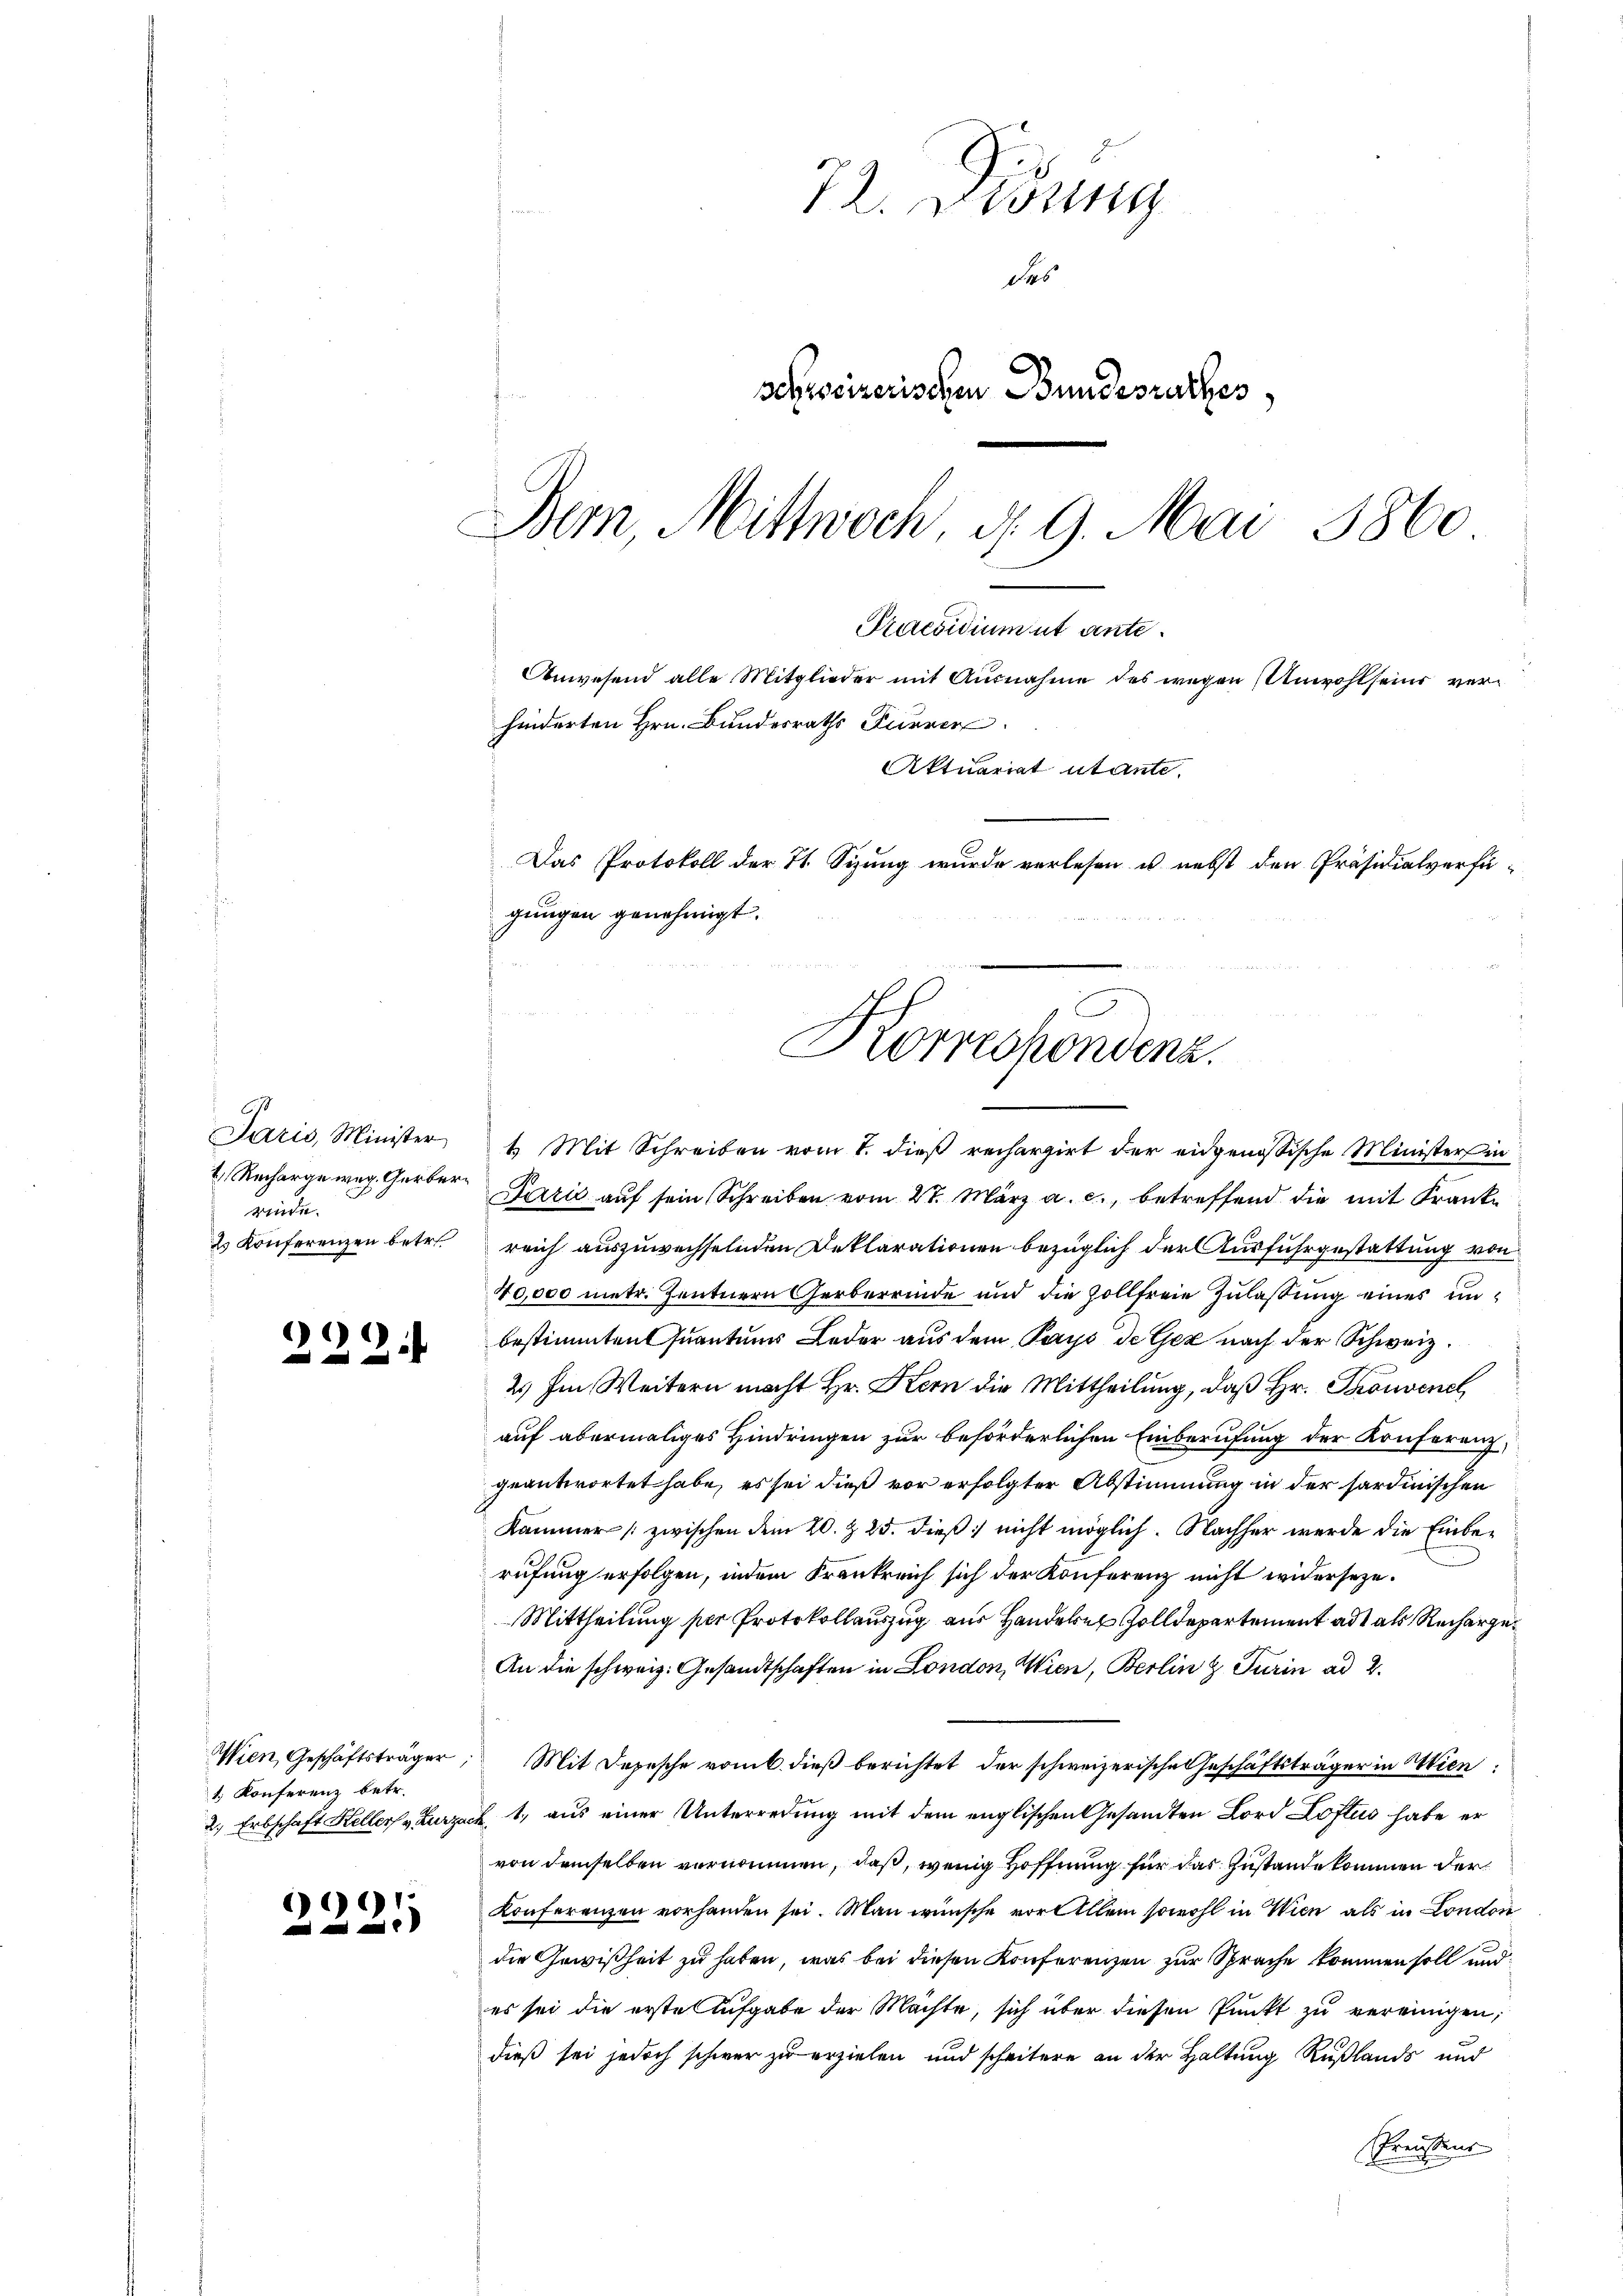
t. Recharge weg. Gerberrinde.
s Konferenzen betr.

222.

1. Konferenz betr.

9

72. Dirung
des
schweizerischen Bundesrathes,
Bem, Mittwoch, d. 9. Mai 1860
Praesidium ut ante.
Anwesend alle Mitglieder mit Ausnahme des wegen Anwohlsein verhinderten Hrn. Bundesraths Furrer
Aktuariat utante.
Das Protokoll der 11. Sizung wurde verlesen u. nebst den Präsidialverfügungen genehmigt.

Korrespendenz.

Juris, Minister & Mit Schreiben vom 1. dieß rechargirt der eidgenössische Ministers in
Paris auf sein Schreiben vom 27. März a. c., betreffend die mit Franke
reich auszuwechselnden Deklarationen bezüglich der Ausfuhrgestattung von
40,000 metr. Zentnern Gerberrinde und die Zollfreie Zulaßung eines unbestimmten Quantums Leder aus dem Pays de Gex nach der Schweiz.
2) Im Weitern macht Hr. Kern die Mittheilung, daß Hr. Thonvenel
auf abermaliges Hindringen zur beförderlichen Einberufung der Konferenzgeantwortet habe, es sei dieß vor erfolgter Abstimmung in der sardinischen
Kammer zwischen dem 20. Z. 25. dieß nicht möglich. Nachher werde die Einberufung erfolgen, indem Frankreich sich der Konferenz nicht widerseze¬
Mittheilung der Protokollauszug aus Hande Zolldepartement ad als Recharge
An die schweiz. Gesandtschaften in London, Wien, Berlin & Turin ad 2.
Wien, Geschäftsträger Mit Depesche vom 6. dieβ berichtet der schweizerische Geschäftsträger in Wien
2. Erbschaft Keller v. Zurzach, 1. aus einer Unterredung mit dem englischen Gesandten Lord Loftus habe er
von demselben vernommen, daß, wenig Hoffnung für das Zustande kommen der
Konferenzen vorhanden sei. Man wünsche vor Allem sowohl in Wien als in London
die Gewißheit zu haben, was bei diesen Konferenzen zur Sprache kommen soll und
es sei die erste Aufgabe der Machte, sich über diesen Punkt zu vereinigen;
dieß sei jedoch schwer zu erzielen und scheitere an der Haltung Rußlands und
Preistens